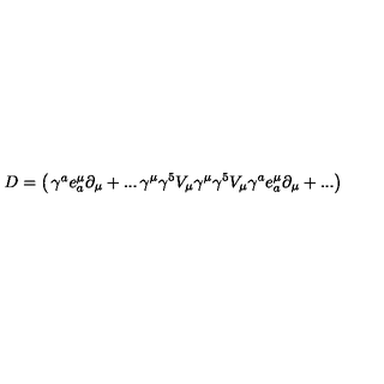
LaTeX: D = \left( \begin{matrix} { \gamma ^ { a } e _ { a } ^ { \mu } \partial _ { \mu } + . . . } & { \gamma ^ { \mu } \gamma ^ { 5 } V _ { \mu } } \\ { \gamma ^ { \mu } \gamma ^ { 5 } V _ { \mu } } & { \gamma ^ { a } e _ { a } ^ { \mu } \partial _ { \mu } + . . . } \\ \end{matrix} \right)